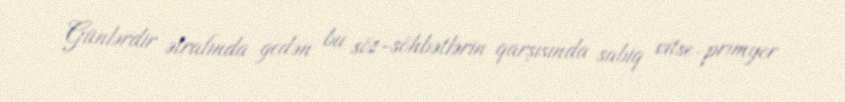
Günlərdir ətrafında gedən bu söz-söhbətlərin qarşısında sabiq vitse-primyer